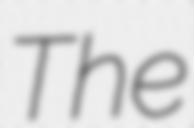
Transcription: The